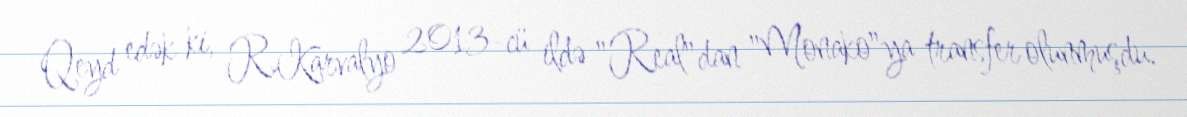
Qeyd edək ki, R.Karvalyo 2013-cü ildə "Real"dan "Monako"ya transfer olunmuşdu.